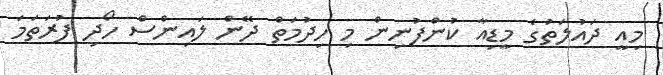
މިއީ ދައުލަތުގެ މީޑިއާ ކުންފުނިން މި ހިދުމަތް ދޭން ލައިންސް ހޯދި ފުރަަތަމަ